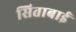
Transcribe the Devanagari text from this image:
सिताबाई